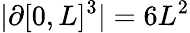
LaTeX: |\partial[0,L]^{3}|=6L^{2}